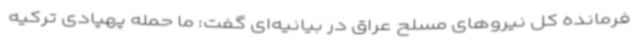
فرمانده کل نیروهای مسلح عراق در بیانیه‌ای گفت: ما حمله پهپادی ترکیه